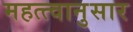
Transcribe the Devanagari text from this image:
महत्त्वानुसार